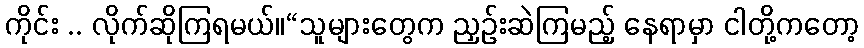
ကိုင်း .. လိုက်ဆိုကြရမယ်။“သူများတွေက ညှဉ်းဆဲကြမည့် နေရာမှာ ငါတို့ကတော့